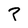
Character: P